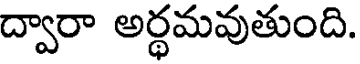
ద్వారా అర్ధమవుతుంది.